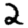
Digit: 2